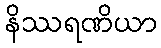
နိဿရဏိယာ